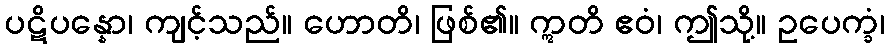
ပဋိပန္နော၊ ကျင့်သည်။ ဟောတိ၊ ဖြစ်၏။ ဣတိ ဧဝံ၊ ဤသို့။ ဥပေက္ခံ၊